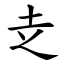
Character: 赱